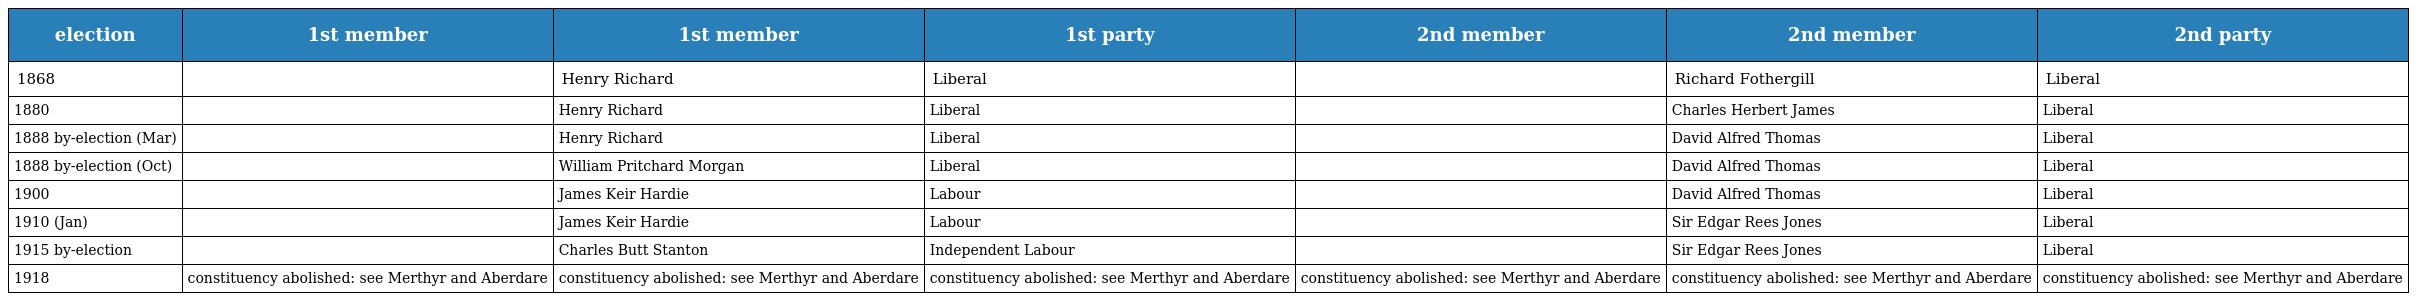
| election | 1st member | 1st member | 1st party | 2nd member | 2nd member | 2nd party |
 | --- | --- | --- | --- | --- | --- | --- |
 | 1868 |  | Henry Richard | Liberal |  | Richard Fothergill | Liberal |
 | 1880 |  | Henry Richard | Liberal |  | Charles Herbert James | Liberal |
 | 1888 by-election (Mar) |  | Henry Richard | Liberal |  | David Alfred Thomas | Liberal |
 | 1888 by-election (Oct) |  | William Pritchard Morgan | Liberal |  | David Alfred Thomas | Liberal |
 | 1900 |  | James Keir Hardie | Labour |  | David Alfred Thomas | Liberal |
 | 1910 (Jan) |  | James Keir Hardie | Labour |  | Sir Edgar Rees Jones | Liberal |
 | 1915 by-election |  | Charles Butt Stanton | Independent Labour |  | Sir Edgar Rees Jones | Liberal |
 | 1918 | constituency abolished: see Merthyr and Aberdare | constituency abolished: see Merthyr and Aberdare | constituency abolished: see Merthyr and Aberdare | constituency abolished: see Merthyr and Aberdare | constituency abolished: see Merthyr and Aberdare | constituency abolished: see Merthyr and Aberdare |